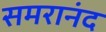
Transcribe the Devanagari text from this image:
समरानंद